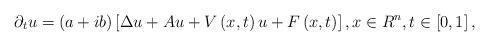
LaTeX: \begin{align*}\partial _{t}u=\left( a+ib\right) \left[ \Delta u+Au+V\left( x,t\right)u+F\left( x,t\right) \right] ,x\in R^{n},t\in \left[ 0,1\right] , \end{align*}